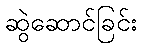
ဆွဲဆောင်ခြင်း